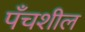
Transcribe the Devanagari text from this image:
पँचशील